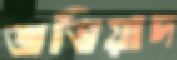
জভিয়াদ